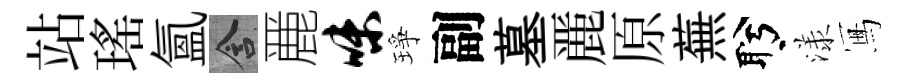
站瑤氳含䴡味琤副墓䴡原蕪盻漾冩